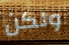
ولكن